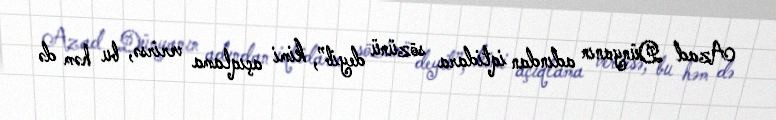
Azad Dünyanın adından iqtidara sözünü deyib”, kimi açıqlama verirsə, bu həm də